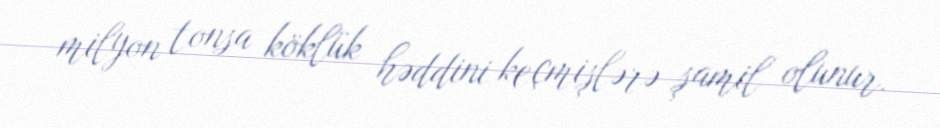
milyon tonsa köklük həddini keçmişlərə şamil olunur.